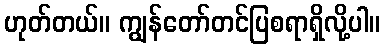
ဟုတ်တယ်။ ကျွန်တော်တင်ပြစရာရှိလို့ပါ။